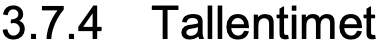
3.7.4 Tallentimet